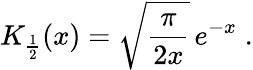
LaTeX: K_{\frac{1}{2}}(x)=\sqrt{\frac{\pi}{2x}}\, e^{-x}\; .